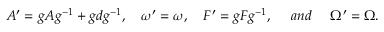
A ^ { \prime } = g A g ^ { - 1 } + g d g ^ { - 1 } , \ \ \ \omega ^ { \prime } = \omega , \ \ \ F ^ { \prime } = g F g ^ { - 1 } , \ \ \ \ a n d \ \ \ \ \Omega ^ { \prime } = \Omega .